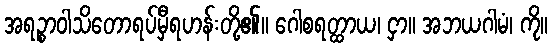
အရဉ္စာဝါသိတောရပ်မှီရဟန်းတို့၏။ ဂေါစရတ္ထာယ၊ ငှာ။ အဘယဂါမံ၊ ကို။